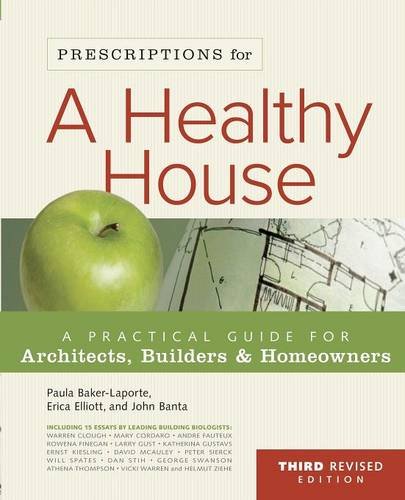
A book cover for Prescriptions for a Healthy House: A Practical Guide for Architects, Builders and Homeowners; Paula Baker-Laporte; Arts & Photography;